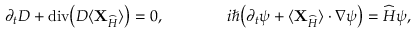
\partial _ { t } D + \operatorname { d i v } \! \big ( D \langle { \mathbf { X } } _ { \widehat { H } } \rangle \big ) = 0 , \qquad \qquad i \hbar \big ( \partial _ { t } \psi + \langle { \mathbf { X } } _ { \widehat { H } } \rangle \cdot \nabla \psi \big ) = \widehat { H } \psi ,